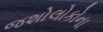
જશોલોકોના